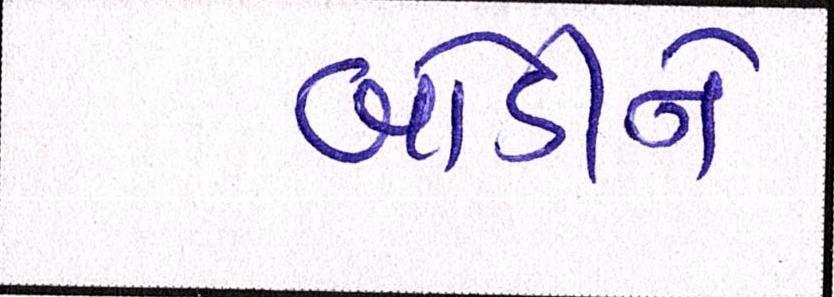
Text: બોડીને